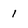
Character: 1